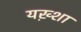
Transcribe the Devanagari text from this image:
यख़्शा